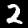
Digit: 2